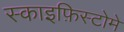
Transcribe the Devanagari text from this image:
स्काइफ़िस्टोमे